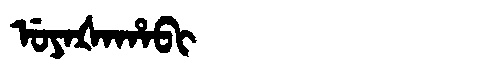
Manchu: ᡠᠶᠠᡧᠠᡥᠠᠪᡳ
Romanization: UYAŠAHABI